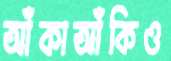
আঁকাআঁকিও